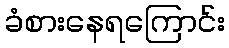
ခံစားနေရကြောင်း